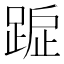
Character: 𨂇